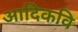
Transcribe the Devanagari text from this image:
अादिकवि